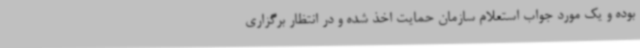
بوده و یک مورد جواب استعلام سازمان حمایت اخذ شده و در انتظار برگزاری